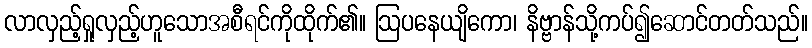
လာလှည့်ရှုလှည့်ဟူသောအစီရင်ကိုထိုက်၏။ ဩပနေယျိကော၊ နိဗ္ဗာန်သို့ကပ်၍ဆောင်တတ်သည်။